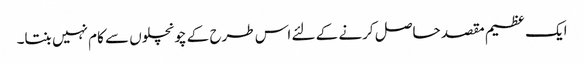
ایک عظیم مقصد حاصل کرنے کے لئے اس طرح کے چونچلوں سے کام نہیں بنتا۔